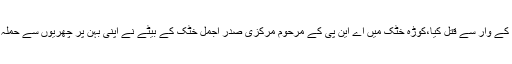
ملزم نے بہن کو چھریوں کے وار سے قتل کیا،کوڑہ خٹک میں اے این پی کے مرحوم مرکزی صدر اجمل خٹک کے بیٹے نے اپنی بہن پر چھریوں سے حملہ کر کے اسے قتل کر دیا۔